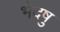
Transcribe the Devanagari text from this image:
भेदषु